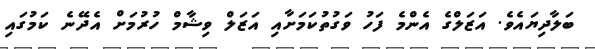
ބަލާދިޔައެވެ. އަޒަލްގެ އެންމެ ފަހު ވަގުތުކަމަށާއި އަޒަލް ވިޝާމް ހުރުމަށް އެދޭނެ ކަމުގައި